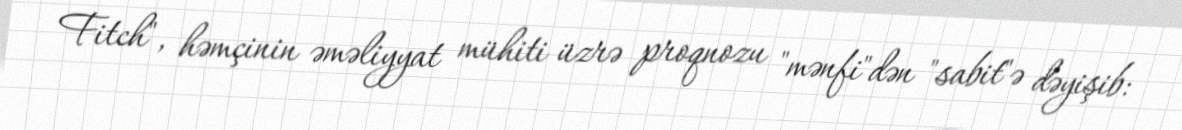
Fitch", həmçinin əməliyyat mühiti üzrə proqnozu "mənfi"dən "sabit"ə dəyişib: